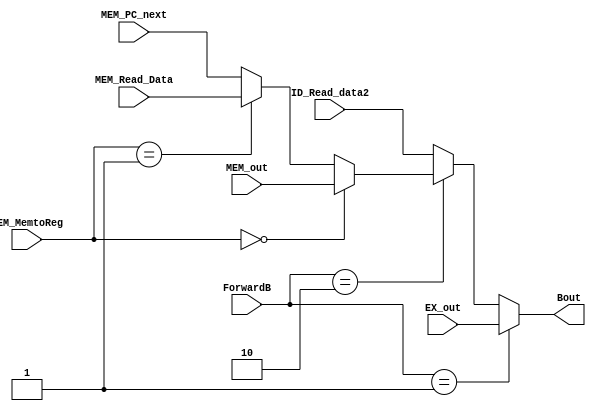
`timescale 1ns / 1ps
module Forward_B(ForwardB, MEM_MemtoReg, Bout, EX_out, MEM_out, MEM_Read_Data, MEM_PC_next, ID_Read_data2);
//input siganls
input wire [1:0] ForwardB;
input wire [1:0] MEM_MemtoReg;
input wire [31:0] EX_out;
input wire [31:0] MEM_out;
input wire [31:0] MEM_Read_Data;
input wire [31:0] MEM_PC_next;
input wire [31:0] ID_Read_data2;

//output signals
output wire [31:0] Bout;

assign Bout = (ForwardB == 2'b01) ? EX_out : (ForwardB == 2'b10) ? ( (MEM_MemtoReg == 2'b00) ? MEM_out : (MEM_MemtoReg == 2'b01) ? MEM_Read_Data : MEM_PC_next) : ID_Read_data2; 

endmodule